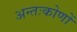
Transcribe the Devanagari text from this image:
अन्तःकोणों